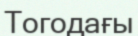
Тогодағы